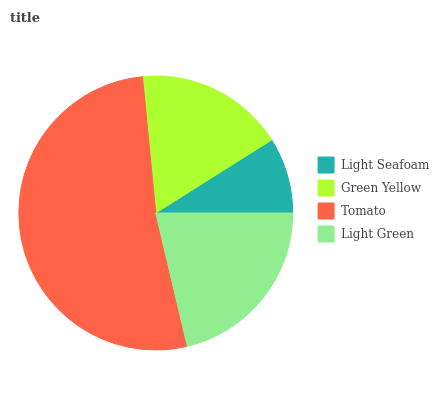
| Light Seafoam | Green Yellow | Tomato | Light Green |
 | --- | --- | --- | --- |
 | 8.93% | 17.6% | 52.1% | 21.3% |